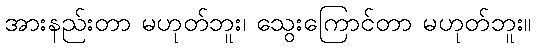
အားနည်းတာ မဟုတ်ဘူး၊ သွေးကြောင်တာ မဟုတ်ဘူး။